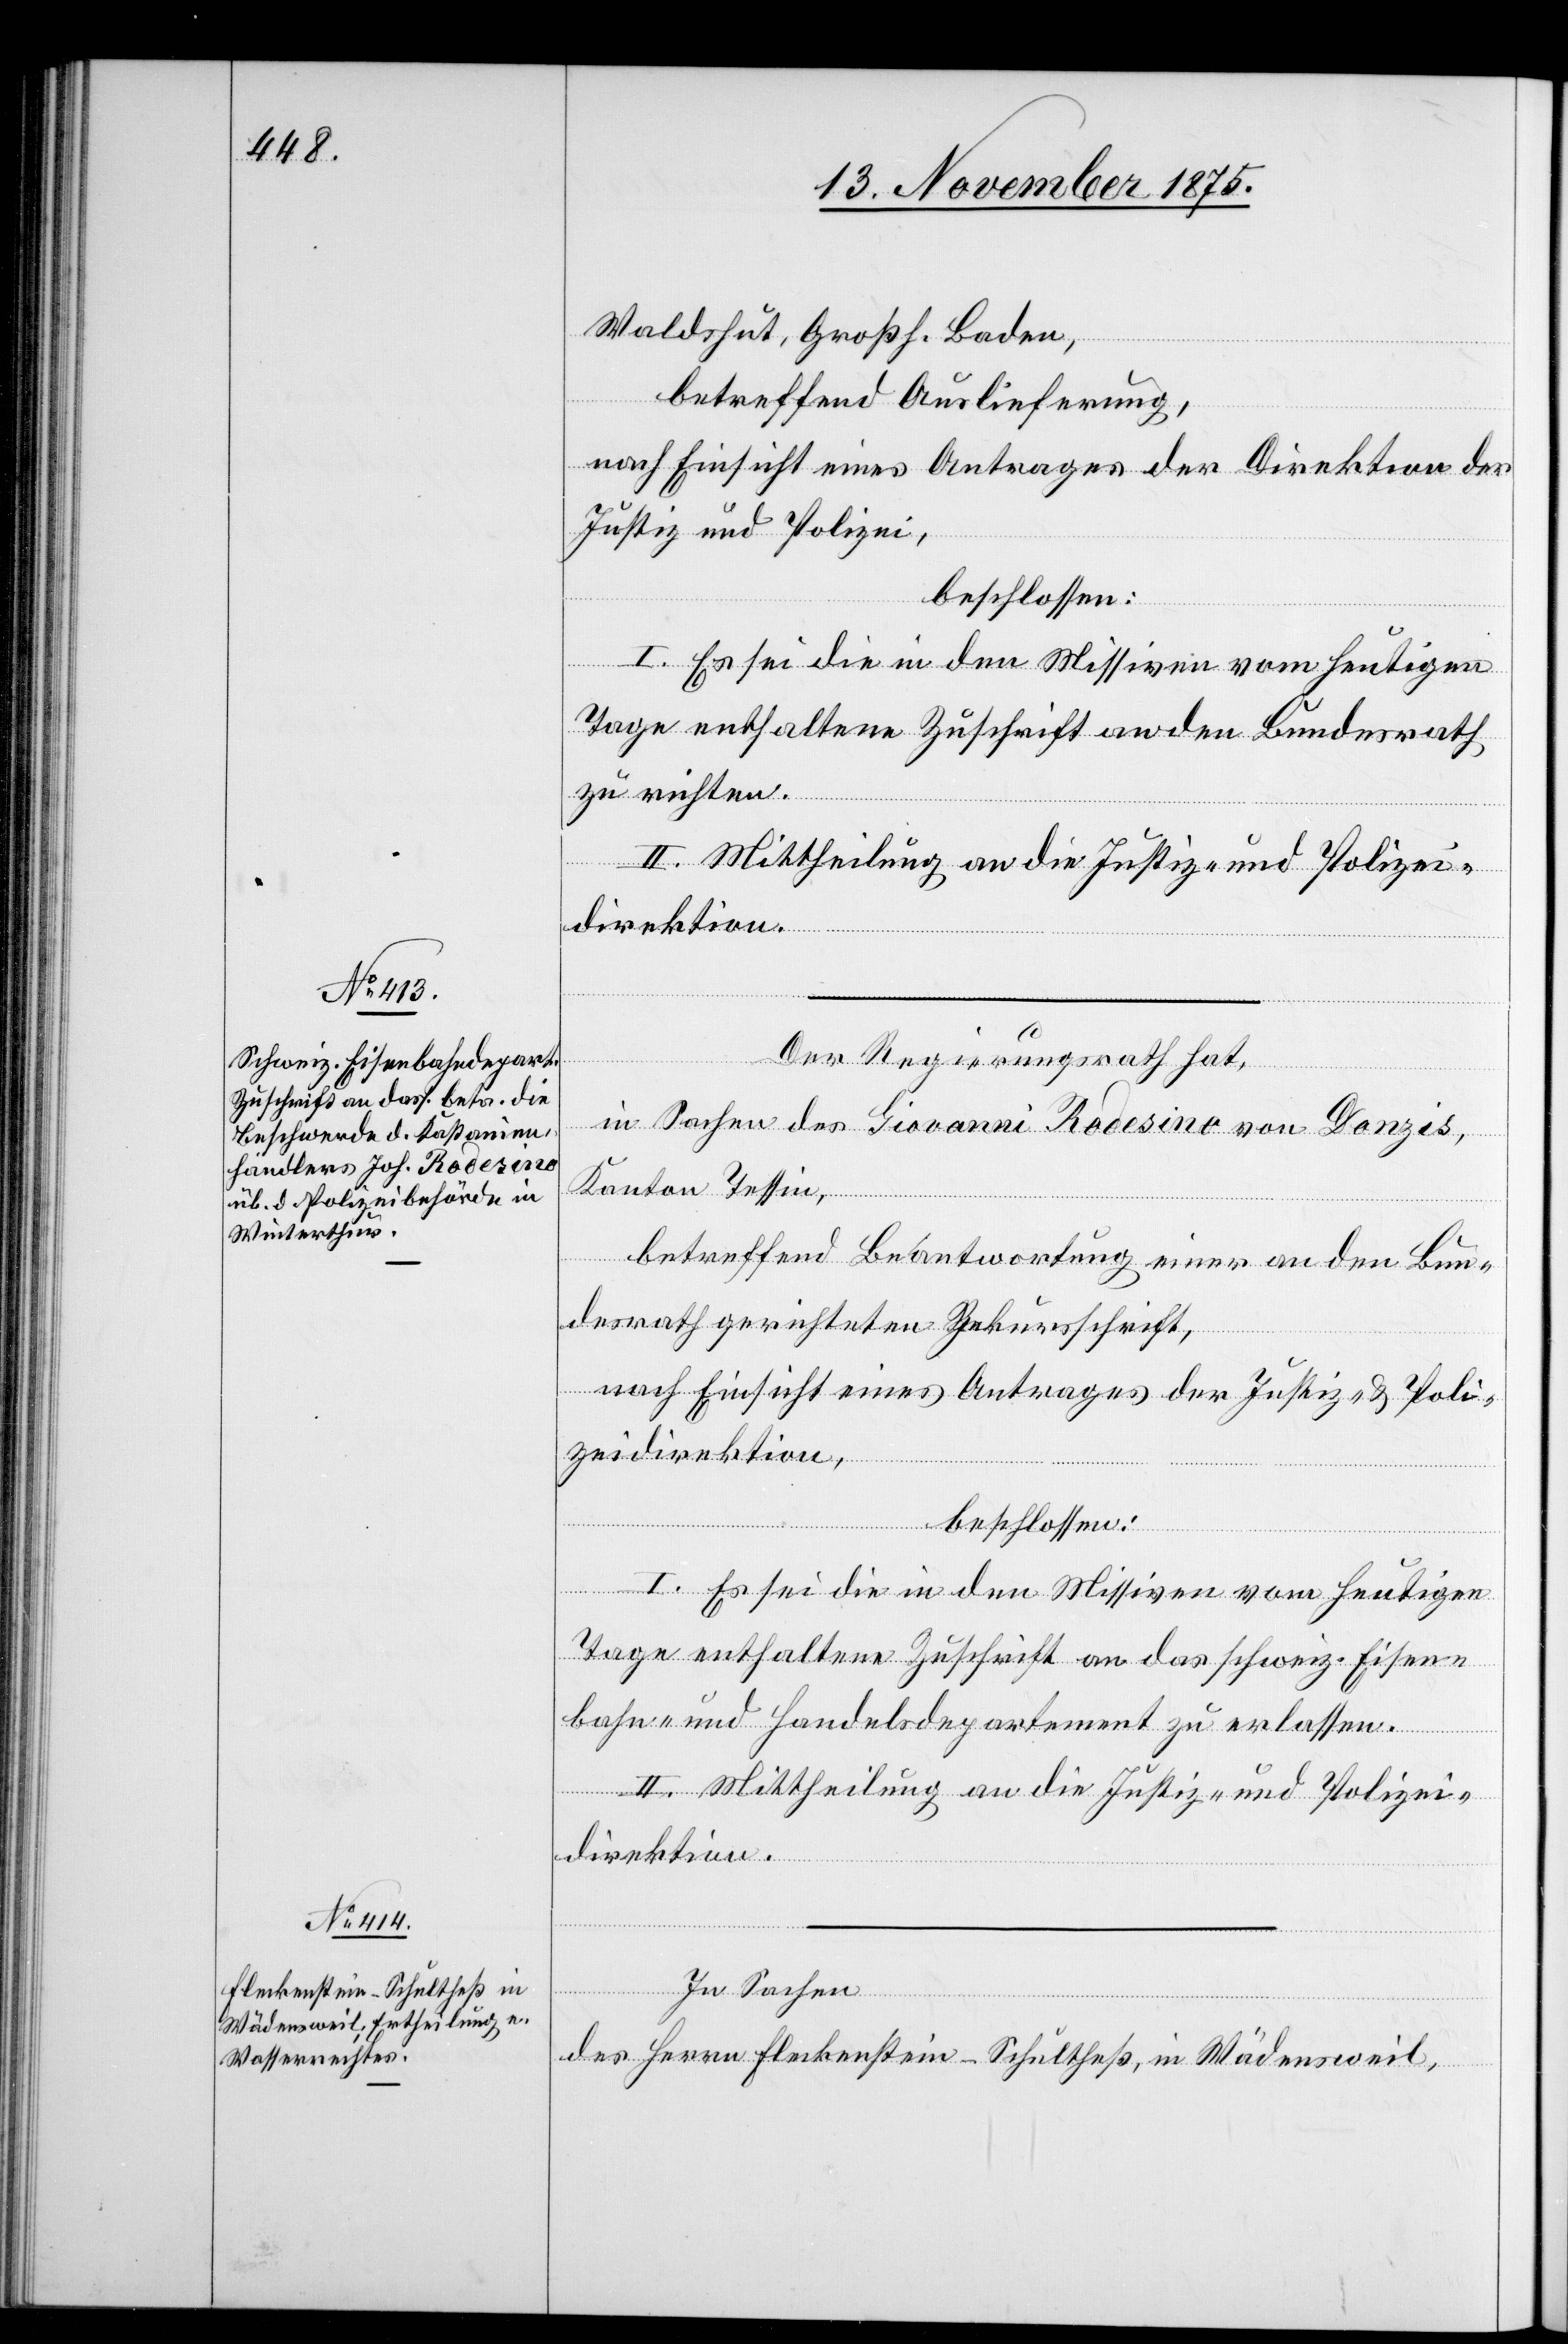
Waldshut, Großh. Baden,
betreffend Auslieferung,
nach Einsicht eines Antrages der Direktion der
Justiz und Polizei,
beschlossen:
I. Es sei die in den Missiven vom heutigen
Tage enthaltene Zuschrift an den Bundesrath
zu richten.
II. Mittheilung an die Justiz- und Polizei¬
direktion.
Der Regierungsrath hat,
in Sachen des Giovanni Rodesino von Donzis,
Kanton Tessin,
betreffend Beantwortung einer an den Bun¬
desrath gerichteten Rekursschrift,
nach Einsicht eines Antrages der Justiz- & Poli¬
zeidirektion,
beschlossen:
I. Es sei die in den Missiven vom heutigen
Tage enthaltene Zuschrift an das schweiz. Eisen¬
bahn- und Handelsdepartement zu erlassen.
II. Mittheilung an die Justiz- und Polizei¬
direktion.
In Sachen
des Herrn Fleckenstein-Schultheß, in Wädensweil,